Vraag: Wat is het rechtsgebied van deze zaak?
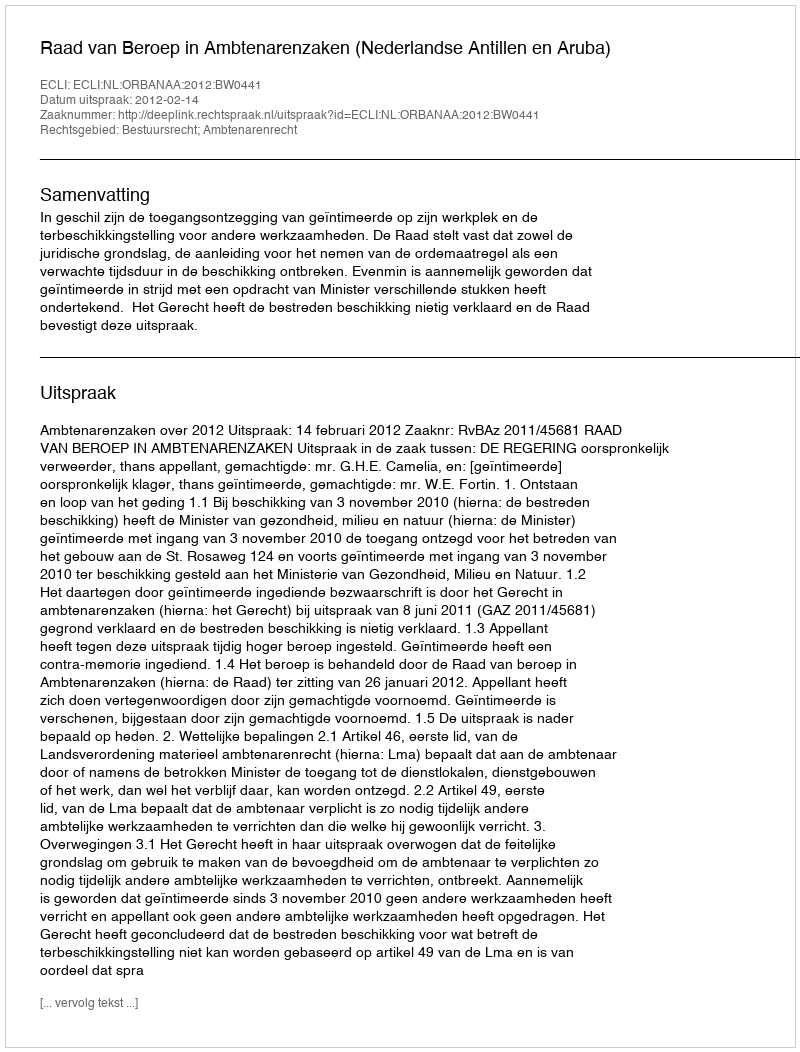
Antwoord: Bestuursrecht; Ambtenarenrecht